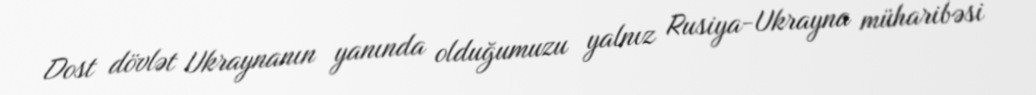
Dost dövlət Ukraynanın yanında olduğumuzu yalnız Rusiya-Ukrayna müharibəsi